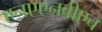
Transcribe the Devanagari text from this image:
एऩएएनबीएच